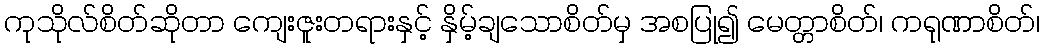
ကုသိုလ်စိတ်ဆိုတာ ကျေးဇူးတရားနှင့် နှိမ့်ချသောစိတ်မှ အစပြု၍ မေတ္တာစိတ်၊ ကရုဏာစိတ်၊